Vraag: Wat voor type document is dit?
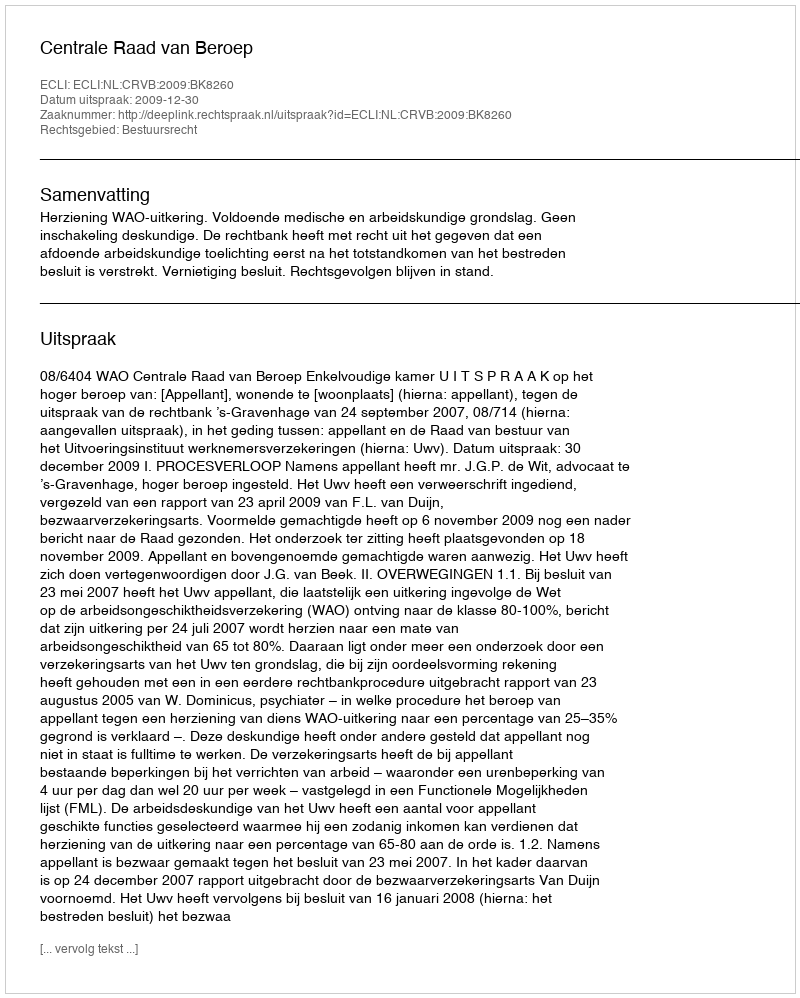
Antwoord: Uitspraak